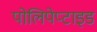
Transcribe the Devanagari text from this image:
पोलिपेप्टाइड